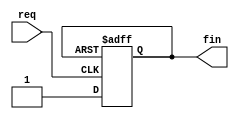
// This program was cloned from: https://github.com/Mario-Hero/Async-Karin
// License: MIT License

`timescale 1ns / 1ps
//////////////////////////////////////////////////////////////////////////////////
//
// Module Name: delay
// Description: The key to the new structure. 
//				It can delay  a "DFF time".
//
// 
// Dependencies: 
// 
// Revision:
// Revision 0.01 - File Created
// Additional Comments:
// 
//////////////////////////////////////////////////////////////////////////////////

module delayOne(req,fin);
input req;
(* dont_touch="true" *) output reg fin=1'b0;
// (* dont_touch="true" *) makes it work on Xilinx platform. 

always@(posedge req or posedge fin) begin
    if(fin) fin<=1'b0;
    else fin<=1'b1;
end

endmodule